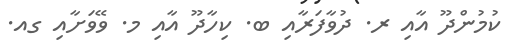
ކުމުންދޫ އާއި ރ. ދުވާފަރާއި ބ. ކިހާދޫ އާއި މ. ވޭވަށާއި ގއ.